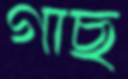
গাছ